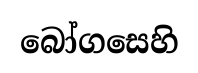
බෝගසෙහි